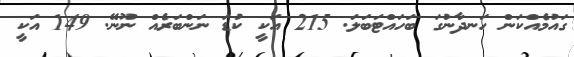
ގައުމެއްކަން ހަނދާނުގަ ބަހައްޓަބަލަ. 215 އަކީ ކުޑަ ނަންބަރެއް ނޫނޭ. 149 އަކީ